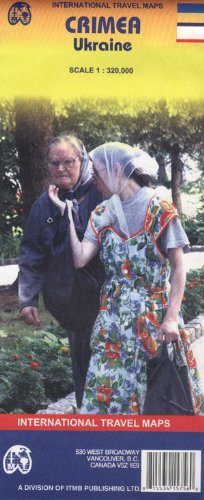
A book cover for Crimea (Ukraine) 1:320,000 Travel Map (International Travel Maps); ITM Canada; Travel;